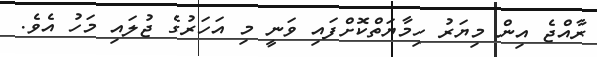
ރާއްޖެ އިން މިޔަރު ހިމާޔަތްކޮށްފައި ވަނީ މި އަހަރުގެ ޖުލައި މަހު އެވެ.